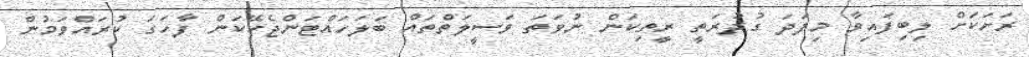
ރަށަކަށް ލިބިފައިވާ މިފަދަ ގުދުރަތީ ރީތިކަން ނުވަތަ ވަސީލަތްތައް ބަލަހައްޓަންޖެހޭކަން ފާހަގަ ކުރައްވަމުން